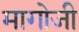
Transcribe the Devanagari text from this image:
मागोजी